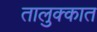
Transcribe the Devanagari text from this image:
तालुक्कात